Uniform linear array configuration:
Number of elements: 16
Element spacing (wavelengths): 1
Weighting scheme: uniform
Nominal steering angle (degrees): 45
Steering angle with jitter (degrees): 46.956
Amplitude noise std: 0.05
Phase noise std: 0.05

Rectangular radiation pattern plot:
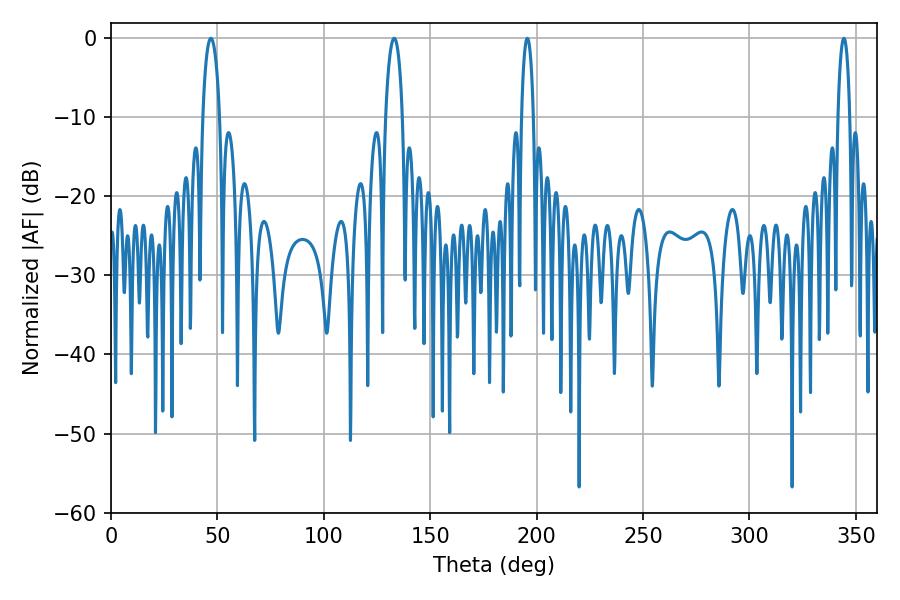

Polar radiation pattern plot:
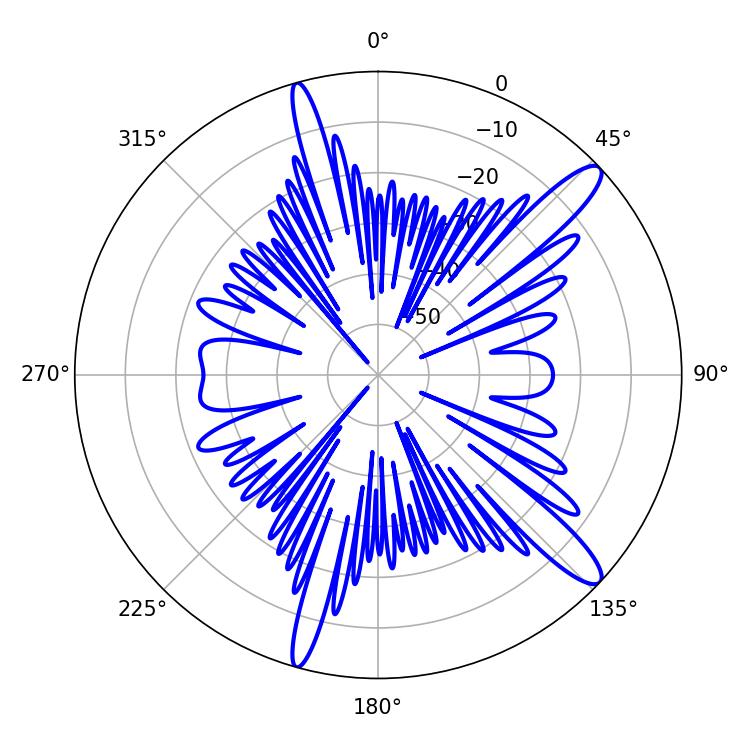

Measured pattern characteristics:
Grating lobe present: TRUE
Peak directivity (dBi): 13.166
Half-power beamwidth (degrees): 3.24
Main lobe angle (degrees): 344.34